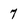
Character: 7